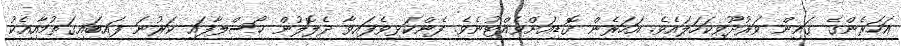
އަހަރެންގެ ގައިން ވަރުދޫވިކަހަލައެވެ. އަހަރެން ގޮޑިއަށްވެއްޓުނެވެ. ފެންކަޅިވެފައިވާ ދެލޮލުން ހޯސްލާފައި ކަރުނަ ފައިބައިގަތުމާއިއެކު